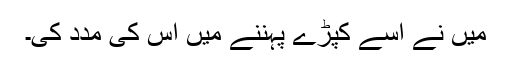
میں نے اسے کپڑے پہننے میں اس کی مدد کی۔